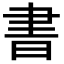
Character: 書